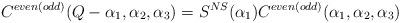
LaTeX: \begin{align*}C^{even(odd)}(Q-\alpha_1,\alpha_2,\alpha_3)=S^{NS}(\alpha_1)C^{even(odd)}(\alpha_1,\alpha_2,\alpha_3)\end{align*}